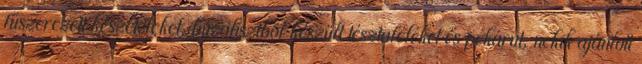
fűszerezett készételeket, búzalisztből készült tésztaféléket és pékárut, nekik ajánlott